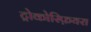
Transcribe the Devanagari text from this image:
ट्रोकोस्फ़ियरा